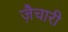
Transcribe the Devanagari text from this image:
ज़ैचारी